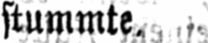
stummte.